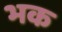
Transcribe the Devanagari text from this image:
भक